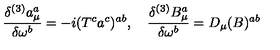
\frac { \delta ^ { ( 3 ) } a _ { \mu } ^ { a } } { \delta \omega ^ { b } } = - i ( T ^ { c } a ^ { c } ) ^ { a b } , \quad \frac { \delta ^ { ( 3 ) } B _ { \mu } ^ { a } } { \delta \omega ^ { b } } = D _ { \mu } ( B ) ^ { a b }